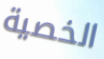
الخصية